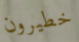
خطيرون